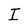
Character: I